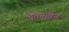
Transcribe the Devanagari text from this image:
चेतनहीन